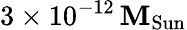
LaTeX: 3\times10^{-12}\, \mathbf{M}_{\mathrm{{Sun}}}